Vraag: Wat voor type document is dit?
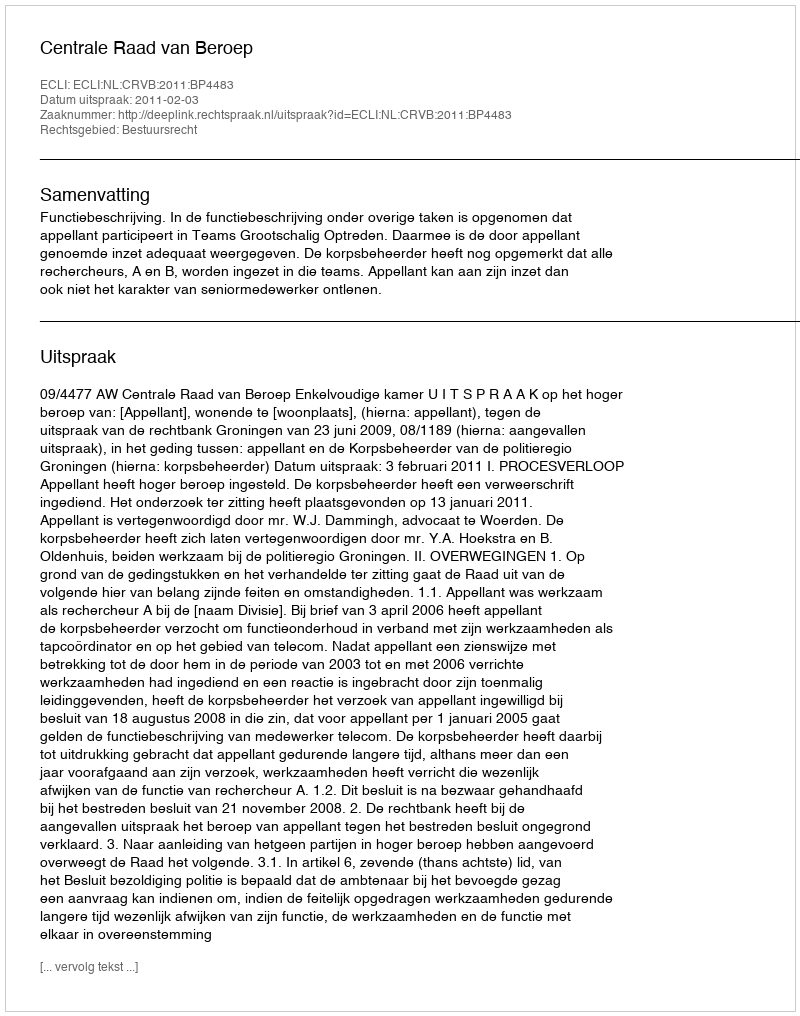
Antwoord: Uitspraak